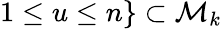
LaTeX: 1\le u\le n\} \subset{\mathcal M}_{k}